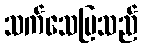
သက်သေပြသည်